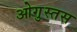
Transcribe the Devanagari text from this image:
ओगुस्तस